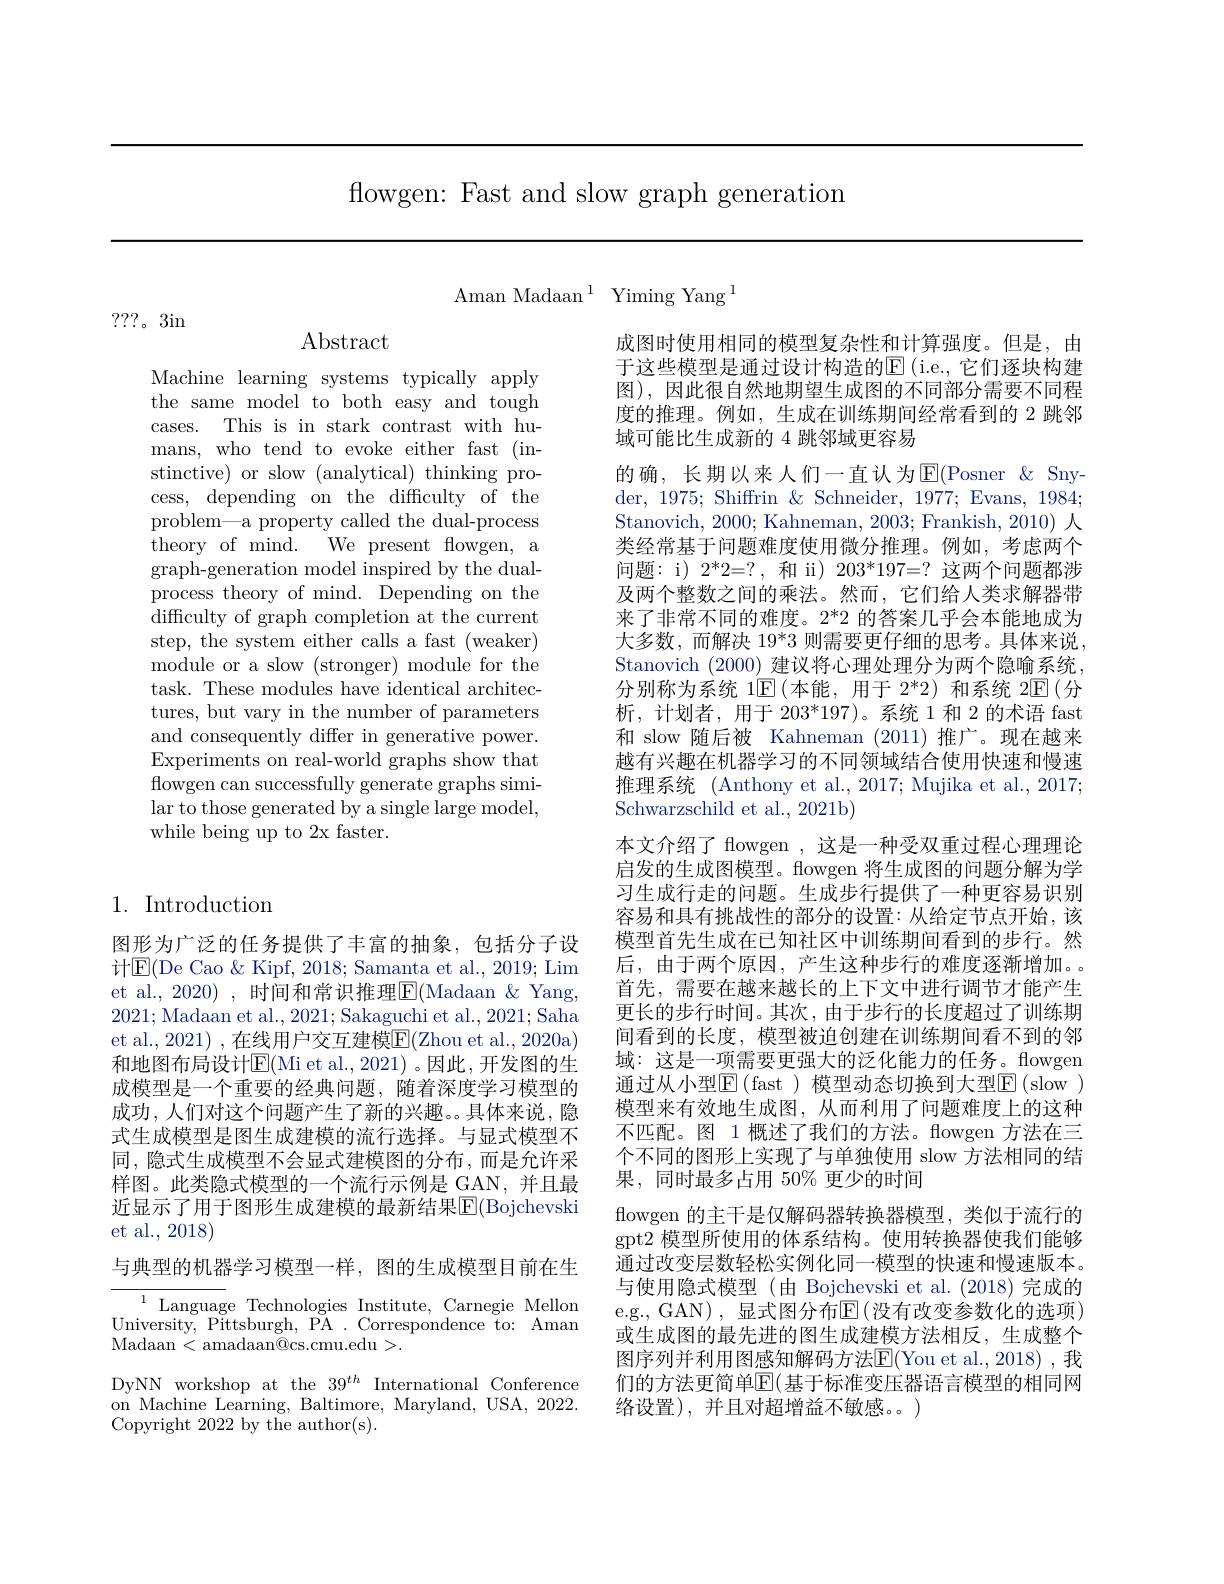
flowgen: Fast and slow graph generation

$\mathrm{Aman~Madaan~}^{1}$ $\mathrm{Yiming~Yang~}^{1}$

???。3in

$\operatorname{Abstract}$

Machine learning systems typically apply the same model to both easy and tough cases. This is in stark contrast with humans, who tend to evoke either fast (instinctive) or slow (analytical) thinking process, depending on the difficulty of the problem—a property called the dual-process ${\mathrm{theory~of~mind.~We~present~flowgen,~a}}$ graph-generation model inspired by the dualprocess theory of mind. Depending on the difficulty of graph completion at the current step, the system either calls a fast (weaker) module or a slow (stronger) module for the task. These modules have identical architectures, but vary in the number of parameters and consequently differ in generative power. Experiments on real-world graphs show that flowgen can successfully generate graphs similar to those generated by a single large model, while being up to 2x faster.

## 1. Introduction

图形为广泛的任务提供了丰富的抽象，包括分子设计$\operatorname{E}($De Cao &Kipf, 2018; Samanta et al., 2019; Lim et al., 2020) , 时间和常识推理E(Madaan &Yang, 2021;Madaan et al., 2021; Sakaguchi et al., 2021; Saha et al. 2021) , 在线用户交互建模$\overline{\mathrm{E}}($Zhou et al., 2020a) 和地图布局设计$\mathbb{E}($Mi et al.,2021)。因此，开发图的生成模型是一个重要的经典问题，随着深度学习模型的成功 , 人们对这个问题产生了新的兴趣。。具体来说，隐式生成模型是图生成建模的流行选择。与显式模型不同，隐式生成模型不会显式建模图的分布，而是允许采样图。此类隐式模型的一个流行示例是 GAN,并且最近显示了用于图形生成建模的最新结果$\operatorname{E}($Bojchevski et al., 2018)

与典型的机器学习模型一样，图的生成模型目前在生

${\overline{{^{1}}\text{Languag}}}$e Technologies Institute, Carnegie Mellon University, Pittsburgh, PA . Correspondence to: Aman Madaan<amadaan@cs.cmu.edu>.
DyNN workshop at the $39^{th}$ International Conference on Machine Learning, Baltimore, Maryland, USA, 2022. Copyright 2022 by the author(s).

成图时使用相同的模型复杂性和计算强度。但是，由于这些模型是通过设计构造的$\operatorname{E}($i.e.,它们逐块构建图),因此很自然地期望生成图的不同部分需要不同程度的推理。例如，生成在训练期间经常看到的 2 跳邻域可能比生成新的 4 跳邻域更容易
的确，长期以来人们一直认为$\operatorname{E}($Posner &Snyder, 1975; Shiffrin & Schneider, 1977; Evans, 1984; Stanovich, 2000; Kahneman, 2003; Frankish, 2010) 人类经常基于问题难度使用微分推理。例如，考虑两个问题：i) $2^*2=?$,和 ii) 203*197=? 这两个问题都涉及两个整数之间的乘法。然而，它们给人类求解器带来了非常不同的难度。2*2 的答案几乎会本能地成为大多数，而解决 19*3 则需要更仔细的思考。具体来说， Stanovich (2000)建议将心理处理分为两个隐喻系统， 分别称为系统 1$\operatorname{E}($本能，用于 2*2)和系统 2$\operatorname{E}($分析，计划者，用于 203*197)。系统 1 和 2 的术语 fast 和 slow 随后被 Kahneman (2011)推广。现在越来越有兴趣在机器学习的不同领域结合使用快速和慢速推理系统 (Anthony et al., 2017; Mujika et al., 2017; Schwarzschild et al., 2021b)
本文介绍了 flowgen ,这是一种受双重过程心理理论启发的生成图模型。fowgen 将生成图的问题分解为学习生成行走的问题。生成步行提供了一种更容易识别容易和具有挑战性的部分的设置：从给定节点开始，该模型首先生成在已知社区中训练期间看到的步行。然后，由于两个原因，产生这种步行的难度逐渐增加。首先，需要在越来越长的上下文中进行调节才能产生更长的步行时间。其次，由于步行的长度超过了训练期间看到的长度，模型被迫创建在训练期间看不到的邻域：这是一项需要更强大的泛化能力的任务。flowgen 通过从小型$\boxed{\mathrm{F}}($fast)模型动态切换到大型$\boxed{\mathrm{F}}($slow ) 模型来有效地生成图，从而利用了问题难度上的这种不匹配。图 1 概述了我们的方法。flowgen 方法在三个不同的图形上实现了与单独使用 slow 方法相同的结果，同时最多占用 50% 更少的时间
flowgen 的主干是仅解码器转换器模型，类似于流行的gpt2 模型所使用的体系结构。使用转换器使我们能够通过改变层数轻松实例化同一模型的快速和慢速版本。与使用隐式模型(由 Bojchevski et al.(2018)完成的e.g., GAN), 显式图分布$\operatorname{E}($没有改变参数化的选项) 或生成图的最先进的图生成建模方法相反，生成整个图序列并利用图感知解码方法$\mathbb{E}($You et al.,2018),我们的方法更简单$\mathbb{E}($基于标准变压器语言模型的相同网络设置),并且对超增益不敏感。)